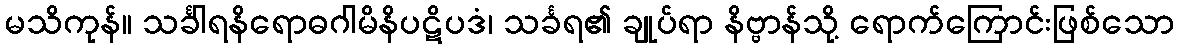
မသိကုန်။ သင်္ခါရနိရောဓဂါမိနိပဋိပဒံ၊ သင်္ခရ၏ ချုပ်ရာ နိဗ္ဗာန်သို့ ရောက်ကြောင်းဖြစ်သော